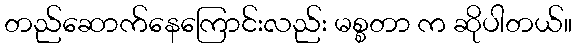
တည်ဆောက်နေကြောင်းလည်း မစ္စတာ က ဆိုပါတယ်။